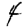
Digit: 4